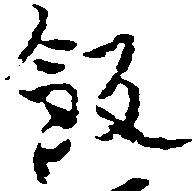
飯